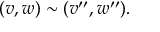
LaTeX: ( v , w ) \sim ( v ^ { \prime \prime } , w ^ { \prime \prime } ) .